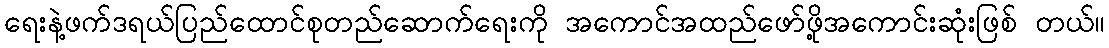
ရေးနဲ့ဖက်ဒရယ်ပြည်ထောင်စုတည်ဆောက်ရေးကို အကောင်အထည်ဖော်ဖို့အကောင်းဆုံးဖြစ် တယ်။